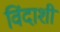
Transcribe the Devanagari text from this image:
विंदाशी